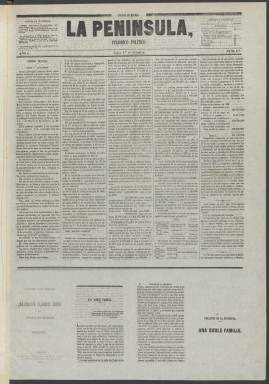
Título: La Península (Madrid. 1856)
Colección: Periódicos
Ámbito geográfico: Madrid
Lugar de publicación: Madrid
Fechas: 01/12/1856-25/10/1857